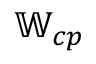
\mathbb { W } _ { c p }